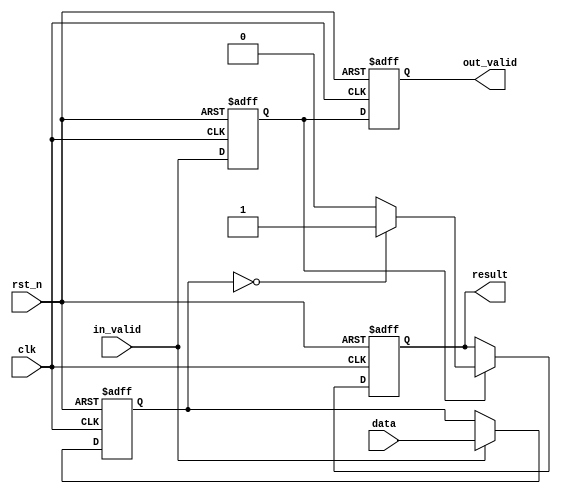
//############################################################################
//++++++++++++++++++++++++++++++++++++++++++++++++++++++++++++++++++++++++++++
//   2021 ICLAB Spring Course
//   Lab06			: CheckSum Soft IP (CS_IP)
//++++++++++++++++++++++++++++++++++++++++++++++++++++++++++++++++++++++++++++
//   Module Name : CS_IP
//++++++++++++++++++++++++++++++++++++++++++++++++++++++++++++++++++++++++++++
//############################################################################

module CS_IP
#(parameter WIDTH_DATA = 64, parameter WIDTH_RESULT = 1)
(
	// Input signals
    data,
    in_valid,
    clk,
    rst_n,
	// Output signals
    result,
    out_valid
);
//================================================================
//  INPUT AND OUTPUT DECLARATION                         
//================================================================
input [(WIDTH_DATA-1):0] data;
input in_valid, clk, rst_n;
output reg [(WIDTH_RESULT-1):0] result;
output reg out_valid;
//================================================================
//  DESIGN
//================================================================
generate
// 64|1, 128|1, 256|1
if (WIDTH_RESULT==1) begin : w_r_1
	//================================================================
	//  BUFFER
	//================================================================
	reg flag;
	reg [(WIDTH_DATA-1):0] temp;
	always @(posedge clk or negedge rst_n) begin
		if (!rst_n)		flag <= 0 ;
		else 			flag <= in_valid ;
	end
	always @(posedge clk or negedge rst_n) begin
		if (!rst_n)		temp <= 0 ;
		else begin
			if (in_valid==1)
				temp <= data ;
		end
	end
	//================================================================
	//  OUTPUT
	//================================================================
	always @(posedge clk or negedge rst_n) begin
		if (!rst_n) out_valid <= 0 ;
		else 		out_valid <= flag ;
	end
	integer i;
	always @(posedge clk or negedge rst_n) begin
		if (!rst_n)		result <= 0 ;
		else begin
			if (flag==1) begin
				if (temp==0)	result <= 1 ;
				else 			result <= 0 ;
			end
		end
	end
end
// 64|64, 128|128, 256|256
else if (WIDTH_DATA==WIDTH_RESULT) begin : w_d_w_r
	//================================================================
	//  BUFFER
	//================================================================
	reg flag;
	reg [(WIDTH_DATA-1):0] temp;
	always @(posedge clk or negedge rst_n) begin
		if (!rst_n)		flag <= 0 ;
		else 			flag <= in_valid ;
	end
	always @(posedge clk or negedge rst_n) begin
		if (!rst_n)		temp <= 0 ;
		else begin
			if (in_valid==1)
				temp <= data ;
		end
	end
	//================================================================
	//  OUTPUT
	//================================================================
	always @(posedge clk or negedge rst_n) begin
		if (!rst_n)	out_valid <= 0 ;
		else 		out_valid <= flag ;
	end
	integer i;
	always @(posedge clk or negedge rst_n) begin
		if (!rst_n) result <= 0 ;
		else begin
			if (flag==1) begin
				for( i=0 ; i<WIDTH_RESULT ; i=i+1 )
					result[i] <= 1 - temp[i] ;
			end
			else 	result <= 0 ;
		end
	end
end
// 64|2, 64|4, 64|8, 64|16, 64|32
else if (WIDTH_DATA==64) begin : w_d_64
	wire [(WIDTH_RESULT-1):0] result_w;
	wire out_valid_w;
	CS_IP_64 #(.WIDTH_RESULT(WIDTH_RESULT))
		U1 ( .data(data), .in_valid(in_valid), .clk(clk), .rst_n(rst_n), .result(result_w), .out_valid(out_valid_w) );
	//================================================================
	//  OUTPUT
	//================================================================
	always @(posedge clk or negedge rst_n) begin
		if (!rst_n)	out_valid <= 0 ;
		else 		out_valid <= out_valid_w ;
	end
	integer i;
	always @(posedge clk or negedge rst_n) begin
		if (!rst_n) 	result <= 0 ;
		else begin
			if (out_valid_w==1) begin
				for( i=0 ; i<WIDTH_RESULT ; i=i+1 )
					result[i] <= 1 - result_w[i] ;
			end
			else 				result <= 0 ;
		end
	end
end
// 256|128
else if (WIDTH_RESULT==128) begin : w_d_256_w_r_128
	reg [(WIDTH_DATA-1):0] Data;
	reg flag1, flag2, flag3;
	always @(posedge clk or negedge rst_n) begin
		if (!rst_n) begin
			flag1 <= 0 ;
			flag2 <= 0 ;
			flag3 <= 0 ;
			out_valid <= 0 ;
		end
		else begin
			flag1 <= in_valid ;
			flag2 <= flag1 ;
			flag3 <= flag2 ;
			out_valid <= flag3 ;
		end
	end
	always @(posedge clk or negedge rst_n) begin
		if (!rst_n) 	Data <= 0 ;
		else begin
			if (in_valid==1)	Data <= data ;
			else if (flag1==1)	Data <= Data[255:128] + Data[127:0] ;
			else if (flag2==1)	Data <= Data[255:128] + Data[127:0] ;
			else 	Data <= 0 ;
		end
	end
	integer i;
	always @(posedge clk or negedge rst_n) begin
		if (!rst_n) 	result <= 0 ;
		else begin
			if (flag3==1) begin
				for( i=0 ; i<WIDTH_RESULT ; i=i+1 )
					result[i] <= 1 - Data[i] ;
			end
			else 		result <= 0 ;
		end
	end
end
// 128|2, 128|4, 128|8, 128|16, 128|32, 128|64
// 256|2, 256|4, 256|8, 256|16, 256|32, 256|64
else begin : w_d_others
	genvar idx;
	localparam NUM_GROUP = WIDTH_DATA/64 ;
	//================================================================
	//   Wires & Registers
	//================================================================
	reg [1:0] current_state, next_state;
	wire [(WIDTH_RESULT-1):0] result_w[(NUM_GROUP-1):0];
	wire out_valid_w[(NUM_GROUP-1):0];
	reg out_valid_r[(NUM_GROUP-1):0];
	wire flag_CS_IP_64;
	reg [(WIDTH_RESULT-1)+3:0] Data;
	wire [(WIDTH_RESULT-1)+3:0] next_Data;
	//================================================================
	//  FSM
	//================================================================
	localparam STATE_IDLE =  2'd0 ;
	localparam STATE_IP64 =  2'd1 ;
	localparam STATE_CALCU = 2'd2 ;
	localparam STATE_OUTPT = 2'd3 ;
	// reg [1:0] current_state, next_state;
	always @(posedge clk or negedge rst_n) begin
		if (!rst_n)	current_state <= STATE_IDLE ;
		else 		current_state <= next_state ;
	end
	always @(*) begin
		next_state = current_state ;
		case(current_state)
			STATE_IDLE:		if (flag_CS_IP_64==1)	next_state = STATE_IP64 ;
			STATE_IP64: 	next_state = STATE_CALCU ;
			STATE_CALCU: 	if (Data[(WIDTH_RESULT-1)+3:WIDTH_RESULT]==0)	next_state = STATE_OUTPT ;
			STATE_OUTPT:	next_state = STATE_IDLE ;
			default:		next_state = STATE_IDLE ;
		endcase
	end
	//================================================================
	//  CS_IP_64
	//================================================================
	// wire [(WIDTH_RESULT-1):0] result_w[(NUM_GROUP-1):0];
	// wire out_valid_w[(NUM_GROUP-1):0];
	// reg out_valid_r[(NUM_GROUP-1):0];
	for( idx=0 ; idx<NUM_GROUP ; idx=idx+1 ) begin : func
		CS_IP_64 #(.WIDTH_RESULT(WIDTH_RESULT))
			U1 ( .data(data[((idx+1)*64-1):(idx*64)]), .in_valid(in_valid), .clk(clk), .rst_n(rst_n), .result(result_w[idx]), .out_valid(out_valid_w[idx]) );

		always @(posedge clk or negedge rst_n) begin
			if (!rst_n) 	out_valid_r[idx] <= 0 ;
			else begin
				if (out_valid_w[idx]==1)			out_valid_r[idx] <= 1 ;
				else if (next_state==STATE_OUTPT)	out_valid_r[idx] <= 0 ;
			end
		end
	end
	// wire flag_CS_IP_64;
	if (WIDTH_DATA==128)		assign flag_CS_IP_64 = out_valid_r[0] && out_valid_r[1] ;
	else if (WIDTH_DATA==256)	assign flag_CS_IP_64 = out_valid_r[0] && out_valid_r[1] && out_valid_r[2] && out_valid_r[3] ;
	else/*if (WIDTH_DATA==384)*/assign flag_CS_IP_64 = out_valid_r[0] && out_valid_r[1] && out_valid_r[2] && out_valid_r[3] && out_valid_r[4] && out_valid_r[5] ;
	//================================================================
	//  DATA
	//================================================================
	// wire [(WIDTH_RESULT-1)+3:0] next_Data;
	assign next_Data = Data[(WIDTH_RESULT-1):0] + Data[(WIDTH_RESULT-1)+3:WIDTH_RESULT] ;
	// reg [(WIDTH_RESULT-1)+3:0] Data;l
	if (WIDTH_DATA==128) begin
		always @(posedge clk or negedge rst_n) begin
			if (!rst_n) 	Data <= 0 ;
			else begin
				if (next_state==STATE_IP64)			Data <= result_w[1] + result_w[0] ;
				else if (next_state==STATE_CALCU)	Data <= next_Data ;
			end
		end
	end
	else if (WIDTH_DATA==256) begin
		always @(posedge clk or negedge rst_n) begin
			if (!rst_n) 	Data <= 0 ;
			else begin
				if (next_state==STATE_IP64)			Data <= result_w[3] + result_w[2] + result_w[1] + result_w[0] ;
				else if (next_state==STATE_CALCU)	Data <= next_Data ;
			end
		end
	end
	else /*if (WIDTH_DATA==384)*/ begin
		always @(posedge clk or negedge rst_n) begin
			if (!rst_n) 	Data <= 0 ;
			else begin
				if (next_state==STATE_IP64)			Data <= result_w[5] + result_w[4] + result_w[3] + result_w[2] + result_w[1] + result_w[0] ;
				else if (next_state==STATE_CALCU)	Data <= next_Data ;
			end
		end
	end
	//================================================================
	//  OUTPUT
	//================================================================
	always @(posedge clk or negedge rst_n) begin
		if (!rst_n)		out_valid <= 0 ;
		else begin
			if (next_state==STATE_OUTPT)	out_valid <= 1 ;
			else 		out_valid <= 0 ;
		end
	end
	integer i;
	always @(posedge clk or negedge rst_n) begin
		if (!rst_n) 	result <= 0 ;
		else begin
			if (next_state==STATE_OUTPT) begin
				for( i=0 ; i<WIDTH_RESULT ; i=i+1 )
					result[i] <= 1 - Data[i] ;
			end
			else 		result <= 0 ;
		end
	end
end

endgenerate

endmodule

//================================================================
//  SUBMODULE
//================================================================
module CS_IP_64
#(parameter WIDTH_RESULT = 8)
(
	// Input signals
    data,
    in_valid,
    clk,
    rst_n,
	// Output signals
    result,
    out_valid
);
//================================================================
//  parameter                      
//================================================================
localparam WIDTH_DATA = 64 ;
localparam NUM_GROUP = WIDTH_DATA/WIDTH_RESULT ;
//================================================================
//  INPUT AND OUTPUT DECLARATION                         
//================================================================
input [(WIDTH_DATA-1):0] data;
input in_valid, clk, rst_n;
output reg [(WIDTH_RESULT-1):0] result;
output reg out_valid;
//================================================================
//  DESIGN
//================================================================
generate
if (WIDTH_RESULT==64) begin : w_r_64
	//================================================================
	//  OUTPUT
	//================================================================
	always @(posedge clk or negedge rst_n) begin
		if (!rst_n) out_valid <= 0 ;
		else 		out_valid <= in_valid ;
	end
	integer i;
	always @(posedge clk or negedge rst_n) begin
		if (!rst_n)		result <= 0 ;
		else begin
			if (in_valid==1) 	result <= data ;
		end
	end
end
else begin : w_r_others
	//================================================================
	//   Wires & Registers 
	//================================================================
	reg [1:0] current_state, next_state;
	// reg [(WIDTH_RESULT-1)+5:0] Data;
	reg [(WIDTH_DATA-1):0] Data;
	wire [(WIDTH_RESULT-1)+5:0] first_Data;
	wire [(WIDTH_RESULT-1)+5:0] next_Data;
	// reg [(WIDTH_DATA-1):0] temp;
	reg flag;
	//================================================================
	//  FSM
	//================================================================
	localparam STATE_IDLE =  2'd0 ;
	localparam STATE_INPUT = 2'd1 ;
	localparam STATE_CALCU = 2'd2 ;
	localparam STATE_OUTPT = 2'd3 ;
	// reg [1:0] current_state, next_state;
	always @(posedge clk or negedge rst_n) begin
		if (!rst_n)	current_state <= STATE_IDLE ;
		else 		current_state <= next_state ;
	end
	always @(*) begin
		next_state = current_state ;
		case(current_state)
			STATE_IDLE:		if (flag==1)	next_state = STATE_INPUT ;
			STATE_INPUT:	next_state = STATE_CALCU ;
			STATE_CALCU: 	if (Data[(WIDTH_RESULT-1)+5:WIDTH_RESULT]==0)	next_state = STATE_OUTPT ;
			STATE_OUTPT:	next_state = STATE_IDLE ;
			default:		next_state = STATE_IDLE ;
		endcase
	end
	//================================================================
	//  DEAL WITH INPUT DELAY
	//================================================================
	// reg [(WIDTH_DATA-1):0] temp;
	/*always @(posedge clk or negedge rst_n) begin
		if (!rst_n) 	temp <= 0 ;
		else begin
			if (in_valid==1)	temp <= data ;
		end
	end*/
	// reg flag;
	always @(posedge clk or negedge rst_n) begin
		if (!rst_n) 	flag <= 0 ;
		else 			flag <= in_valid ;
	end
	//================================================================
	//  DATA
	//================================================================
	// wire [(WIDTH_RESULT-1)+5:0] next_Data;
	assign next_Data = Data[(WIDTH_RESULT-1):0] + Data[(WIDTH_RESULT-1)+5:WIDTH_RESULT] ;
	// reg [(WIDTH_RESULT-1)+5:0] Data;
	always @(posedge clk or negedge rst_n) begin
		if (!rst_n) 	Data <= 0 ;
		else begin
			if (in_valid==1)					Data <= data ;
			else if (next_state==STATE_INPUT)	Data <= first_Data ;
			else if (next_state==STATE_CALCU)	Data <= next_Data ;
		end
	end
	//================================================================
	//  NEXT_DATA
	//================================================================
	// wire [(WIDTH_RESULT-1)+5:0] first_Data;
	if (WIDTH_RESULT==32)		assign first_Data = Data[63:32] + Data[31:0] ;
	else if (WIDTH_RESULT==16)	assign first_Data = Data[63:48] + Data[47:32] + Data[31:16] + Data[15:0] ;
	else if (WIDTH_RESULT==8)	assign first_Data = Data[63:56] + Data[55:48] + Data[47:40] + Data[39:32] +
		 											Data[31:24] + Data[23:16] + Data[15:8]  + Data[7:0] ;
	else if (WIDTH_RESULT==4)	assign first_Data = Data[63:60] + Data[59:56] + Data[55:52] + Data[51:48] +
		 											Data[47:44] + Data[43:40] + Data[39:36] + Data[35:32] +
		 											Data[31:28] + Data[27:24] + Data[23:20] + Data[19:16] +
		 											Data[15:12] + Data[11:8]  + Data[7:4]   + Data[3:0] ;
	else if (WIDTH_RESULT==2)	assign first_Data = Data[63:62] + Data[61:60] + Data[59:58] + Data[57:56] +
		 											Data[55:54] + Data[53:52] + Data[51:50] + Data[49:48] +
		 											Data[47:46] + Data[45:44] + Data[43:42] + Data[41:40] +
		 											Data[39:38] + Data[37:36] + Data[35:34] + Data[33:32] +
		 											Data[31:30] + Data[29:28] + Data[27:26] + Data[25:24] +
		 											Data[23:22] + Data[21:20] + Data[19:18] + Data[17:16] +
		 											Data[15:14] + Data[13:12] + Data[11:10] + Data[9:8] +
		 											Data[7:6]   + Data[5:4]   + Data[3:2]   + Data[1:0] ;
	//================================================================
	//  OUTPUT
	//================================================================
	always @(posedge clk or negedge rst_n) begin
		if (!rst_n)		out_valid <= 0 ;
		else begin
			if (next_state==STATE_OUTPT) 	out_valid <= 1 ;
			else 		out_valid <= 0 ;
		end
	end
	always @(posedge clk or negedge rst_n) begin
		if (!rst_n) 	result <= 0 ; 
		else begin
			if (next_state==STATE_OUTPT)	result <= Data ;
		end
	end
end

endgenerate
endmodule